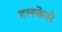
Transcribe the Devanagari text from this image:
हलकेसे